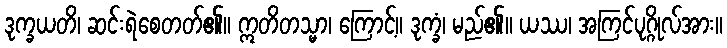
ဒုက္ခယတိ၊ ဆင်းရဲစေတတ်၏။ ဣတိတသ္မာ၊ ကြောင့်။ ဒုက္ခံ၊ မည်၏။ ယဿ၊ အကြင်ပုဂ္ဂိုလ်အား။